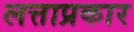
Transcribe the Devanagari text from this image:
लत्ताप्रकार